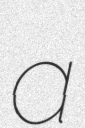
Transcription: a